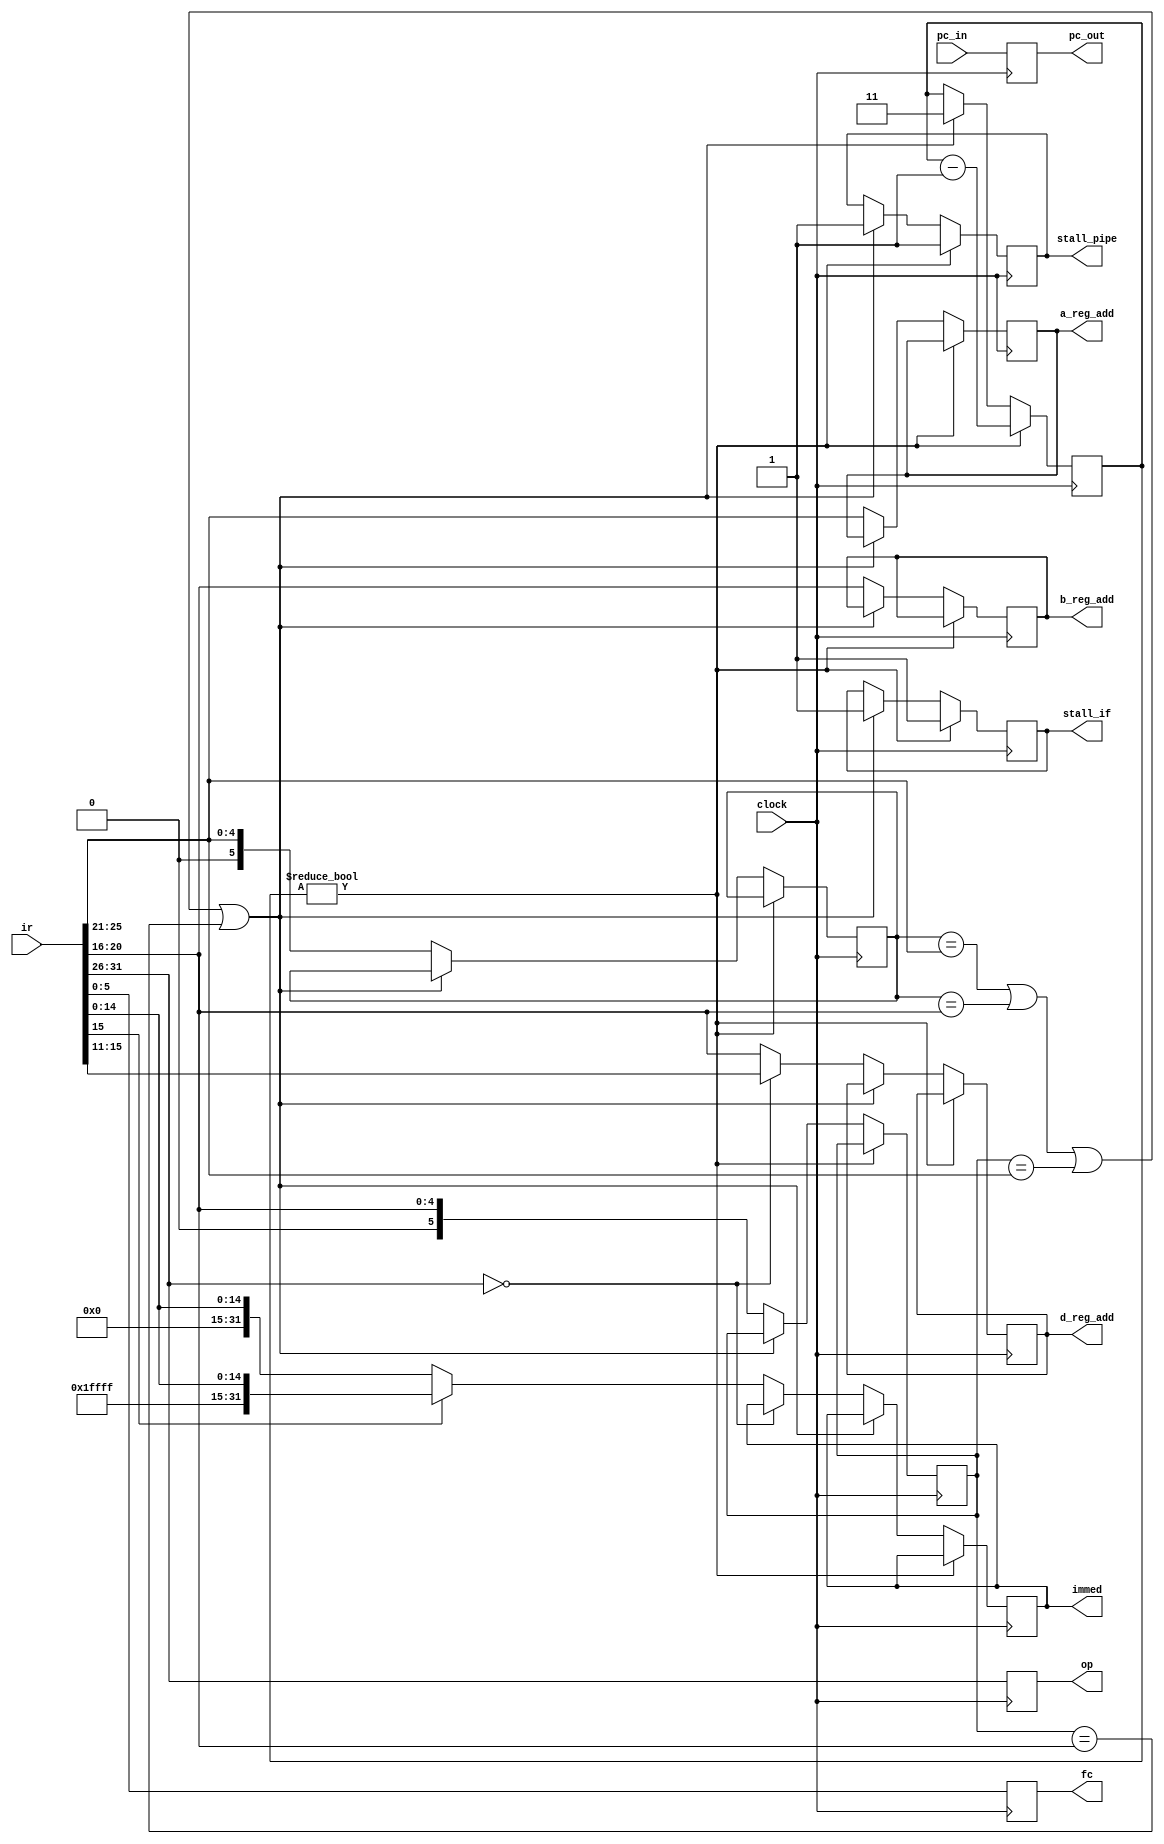
	module decode(pc_out,op,fc,immed,a_reg_add,b_reg_add,d_reg_add,
			stall_if,stall_pipe,
			ir,pc_in,clock);
			
		input [0:31] ir,pc_in;
		input clock;

		//make some buffers to store the last a_reg_addr and b_reg_addr
		//then, compare to the next ir [6:10] and ir[11:15]
		//if there is a match, we are going to have some sort of hazard
		//need to find a way to determine how long we should stall for......
		output [0:31] pc_out,immed;
		output [0:5] op,fc;
		output [0:4] a_reg_add,b_reg_add,d_reg_add;
		output stall_if,stall_pipe;
		
		reg [0:31] pc_out,immed;
		reg [0:5] op,fc;
		reg [0:4] a_reg_add,b_reg_add,d_reg_add;
		reg stall_if,stall_pipe;

		reg[0:5] prevRegA, prevRegB;

		reg[0:1] counter;
		
		reg [0:31] temp;
		
		initial
		begin
			stall_if=0;
			stall_pipe=0;
		end

		always @ (negedge clock)

		begin
			pc_out=pc_in;
			op=ir[0:5];
			fc=ir[26:31];

			if(counter != 0)
				begin
				stall_if = 1'b1;
				stall_pipe = 1'b1;
				counter--;
				end
			
			//detects the hazard
			else if ( prevRegA == ir[6:10] || prevRegA == ir[11:15] || prevRegB == ir[6:10] || prevRegB == ir[11:15] )	//stall 3 times
				begin
				stall_if = 1'b1;     // if
				stall_pipe = 1'b1;    //pipe
				counter = 2'b11;  
				end
				 
			else 
				begin
					casex (op)
			
					//opcode=0 --> R type instruction format
					6'b000000:
					begin
						a_reg_add=ir[6:10];
						b_reg_add=ir[11:15];
						d_reg_add=ir[16:20];
					end
					
					// if here then its an I type instruction with 16 bit imm
					default
					begin
						a_reg_add=ir[6:10];
						b_reg_add=ir[11:15];
						d_reg_add=ir[11:15];  //<---- OG
						//d_reg_add=ir[16:20];
						if(ir[16]==0)
							immed={16'b0000000000000000,ir[16:31]};
						else
							immed={16'b1111111111111111,ir[16:31]};
					end
					endcase

		//should only be changed if we didn't stall this cycle
		prevRegA = ir[6:10];
		prevRegB = ir[11:15];
				end

		end
	endmodule